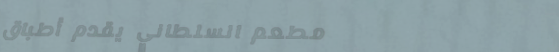
مطعم السلطاني يقدم أطباقً